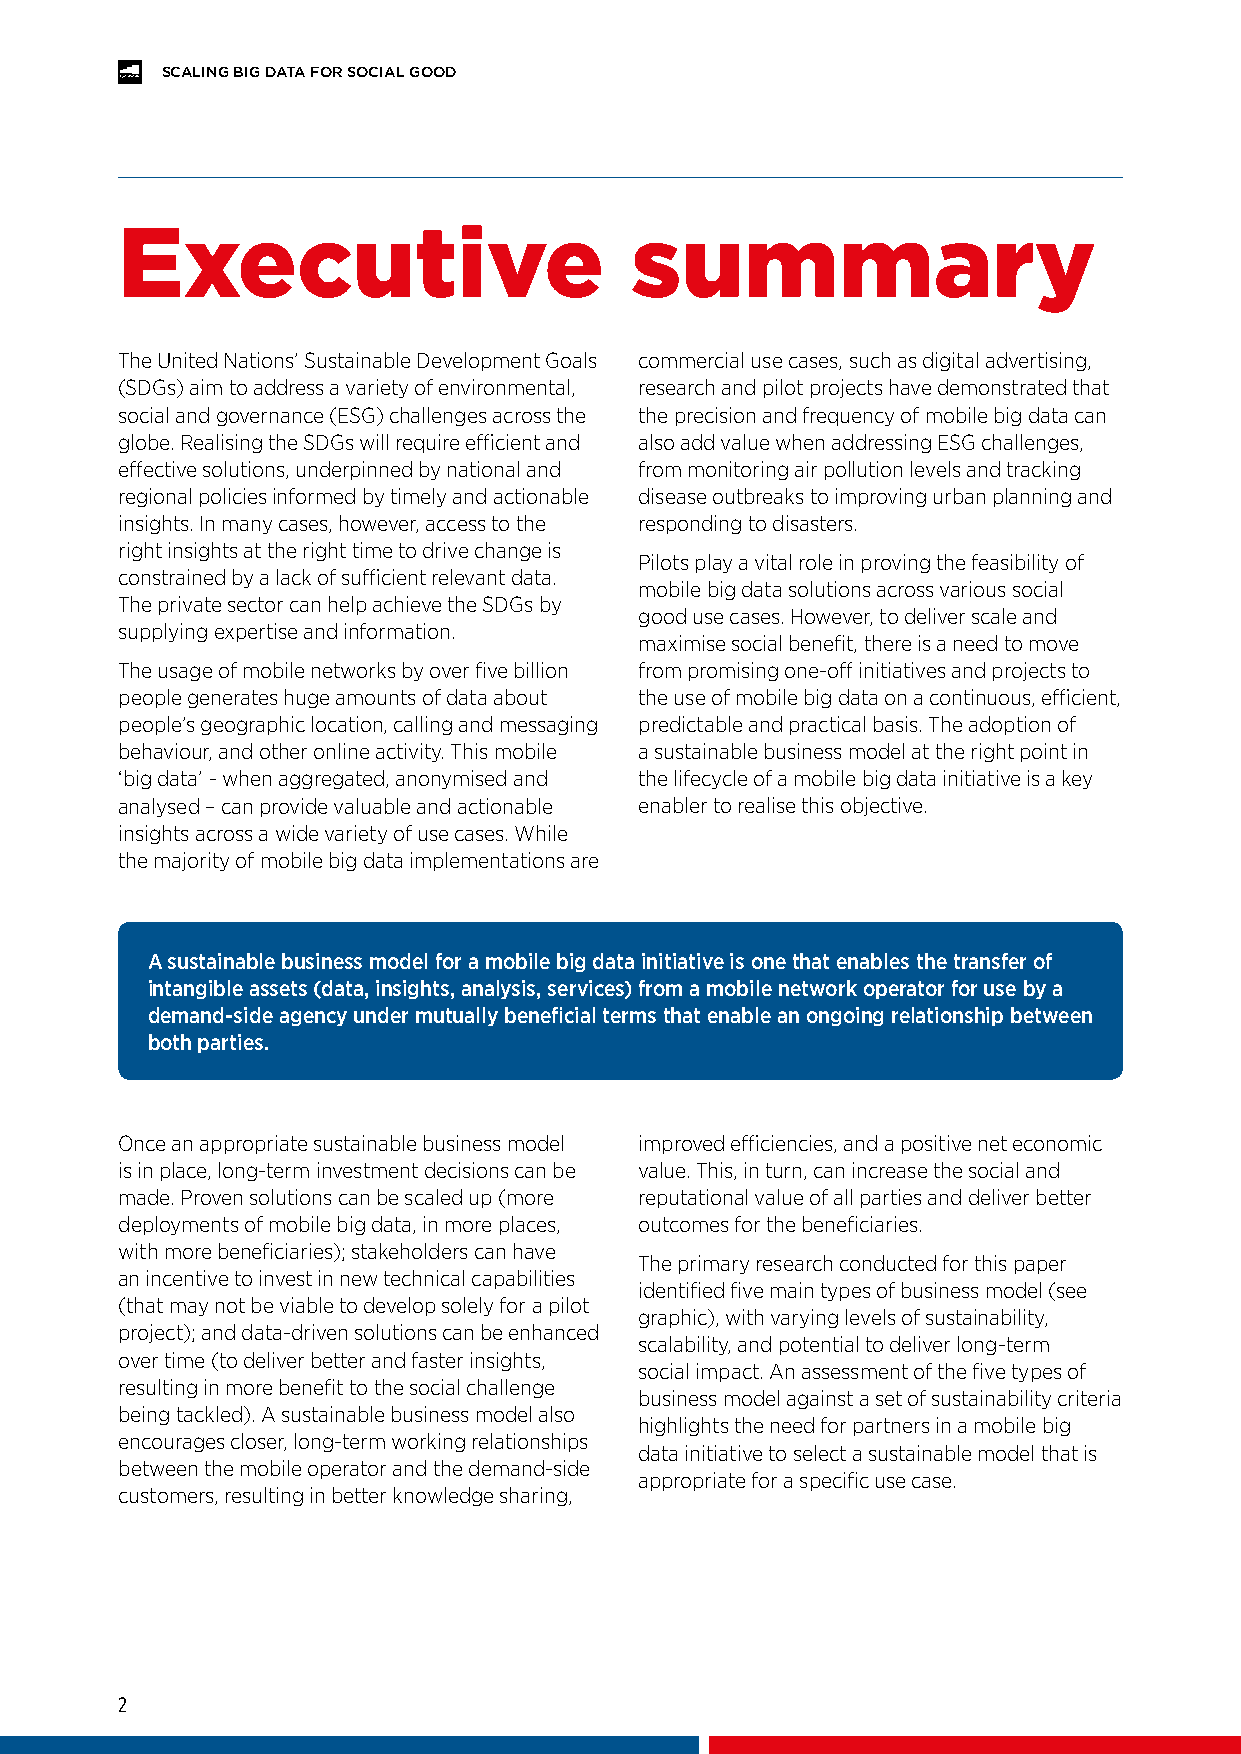
SCALING BIG DATA FOR SOCIAL GOOD
 Executive                         summary
 The United Nations’ Sustainable Development Goals commercial use cases, such as digital advertising,
 (SDGs) aim to address a variety of environmental, research and pilot projects have demonstrated that
 social and governance (ESG) challenges across the the precision and frequency of mobile big data can
 globe. Realising the SDGs will require efficient and also add value when addressing ESG challenges,
 effective solutions, underpinned by national and from monitoring air pollution levels and tracking
 regional policies informed by timely and actionable disease outbreaks to improving urban planning and
 insights. In many cases, however, access to the responding to disasters.
 right insights at the right time to drive change is
 Pilots play a vital role in proving the feasibility of
 constrained by a lack of sufficient relevant data.
 mobile big data solutions across various social
 The private sector can help achieve the SDGs by
 good use cases. However, to deliver scale and
 supplying expertise and information.
 maximise social benefit, there is a need to move
 The usage of mobile networks by over five billion from promising one-off initiatives and projects to
 people generates huge amounts of data about the use of mobile big data on a continuous, efficient,
 people’s geographic location, calling and messaging predictable and practical basis. The adoption of
 behaviour, and other online activity. This mobile a sustainable business model at the right point in
 ‘big data’ - when aggregated, anonymised and the lifecycle of a mobile big data initiative is a key
 analysed – can provide valuable and actionable enabler to realise this objective.
 insights across a wide variety of use cases. While
 the majority of mobile big data implementations are
 A sustainable business model for a mobile big data initiative is one that enables the transfer of
 intangible assets (data, insights, analysis, services) from a mobile network operator for use by a
 demand-side agency under mutually beneficial terms that enable an ongoing relationship between
 both parties.
 Once an appropriate sustainable business model improved efficiencies, and a positive net economic
 is in place, long-term investment decisions can be value. This, in turn, can increase the social and
 made. Proven solutions can be scaled up (more reputational value of all parties and deliver better
 deployments of mobile big data, in more places, outcomes for the beneficiaries.
 with more beneficiaries); stakeholders can have
 The primary research conducted for this paper
 an incentive to invest in new technical capabilities
 identified five main types of business model (see
 (that may not be viable to develop solely for a pilot
 graphic), with varying levels of sustainability,
 project); and data-driven solutions can be enhanced
 scalability, and potential to deliver long-term
 over time (to deliver better and faster insights,
 social impact. An assessment of the five types of
 resulting in more benefit to the social challenge
 business model against a set of sustainability criteria
 being tackled). A sustainable business model also
 highlights the need for partners in a mobile big
 encourages closer, long-term working relationships
 data initiative to select a sustainable model that is
 between the mobile operator and the demand-side
 appropriate for a specific use case.
 customers, resulting in better knowledge sharing,
 2